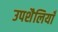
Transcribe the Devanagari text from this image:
उपशैलियाँ